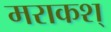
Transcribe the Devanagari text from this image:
मराकश्